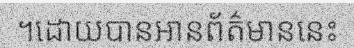
។ដោយបានអានព័ត៌មាននេះ